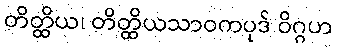
တိတ္ထိယ၊ တိတ္ထိယသာဝကပုဒ် ဝိဂ္ဂဟ